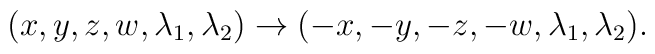
(x,y,z,w,\lambda_1,\lambda_2) \to (-x,-y,-z,-w,\lambda_1,\lambda_2).